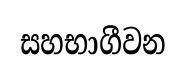
සහභාගීවන